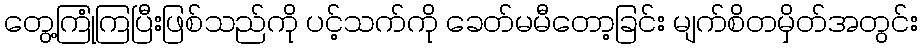
တွေ့ကြုံကြပြီးဖြစ်သည်ကို ပင့်သက်ကို ခေတ်မမီတော့ခြင်း မျက်စိတမှိတ်အတွင်း